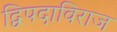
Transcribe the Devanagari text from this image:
द्विपदाविराज